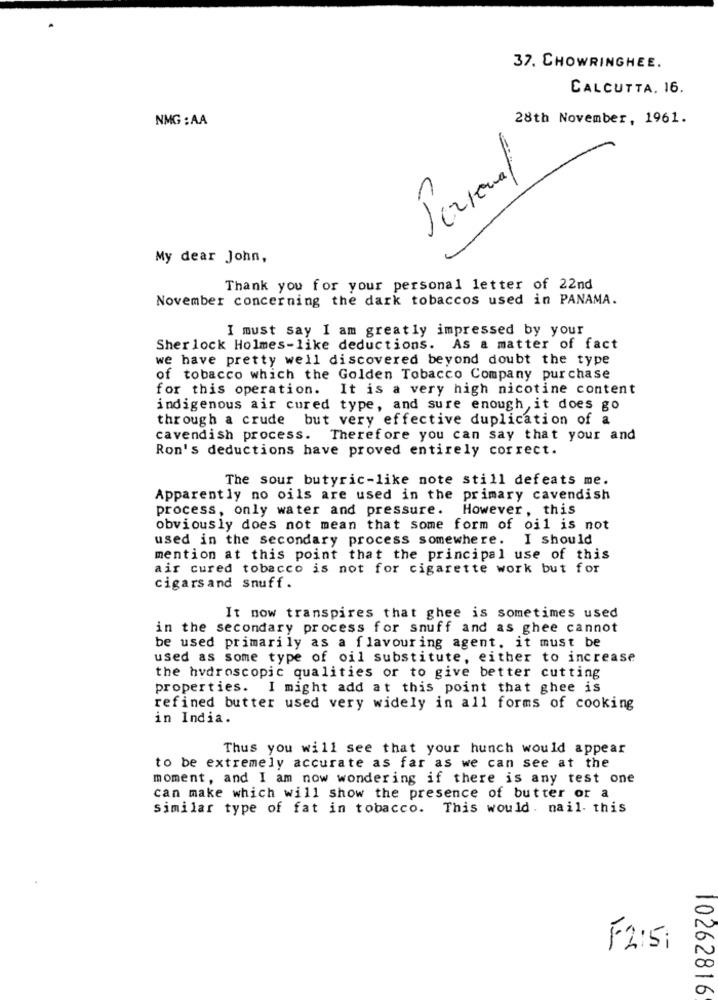
37. CHOWRINGHEE.
CALCUTTA. 16.
NMG : AA
28th November, 1961.
1
My dear John,
Thank you for your personal letter of 22nd
November concerning the dark tobaccos used in PANAMA.
I must say I am greatly impressed by your
Sherlock Holmes-like deductions. As a matter of fact
we have pretty well discovered beyond doubt the type
of tobacco which the Golden Tobacco Company purchase
for this operation.
It is a very high nicotine content
indigenous air cured type, and sure enough,it does go
through a crude but very effective duplication of a
cavendish process. Therefore you can say that your and
Ron's deductions have proved entirely correct.
The sour butyric-like note still defeats me.
Apparently no oils are used in the primary cavendish
process, only water and pressure.
However , this
obviously does not mean that some form of oil is not
used in the secondary process somewhere. I should
mention at this point that the principal use of this
air cured tobacco is not for cigarette work but for
cigarsand snuff.
It now transpires that ghee is sometimes used
in the secondary process for snuff and as ghee cannot
be used primarily as a flavouring agent. it must be
used as some type of oil substitute, either to increase
the hydroscopic qualities or to give better cutting
properties. I might add at this point that ghee is
refined butter used very widely in all forms of cooking
in India.
Thus you will see that your hunch would appear
to be extremely accurate as far as we can see at the
moment, and I am now wondering if there is any test one
can make which will show the presence of butter or a
similar type of fat in tobacco. This would. nail. this
F2:51
10262816